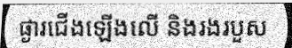
ផ្ងារជើងឡើងលើ និងរងរបួស